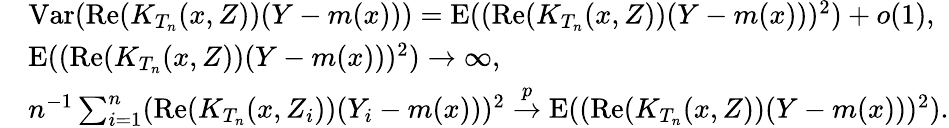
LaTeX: \begin{array}{rl}&{\mathrm{Var}(\mathrm{Re}(K_{T_{n}}(x,Z))(Y-m(x)))=\mathrm{E}((\mathrm{Re}(K_{T_{n}}(x,Z))(Y-m(x)))^{2})+o(1),}\\ &{\mathrm{E}((\mathrm{Re}(K_{T_{n}}(x,Z))(Y-m(x)))^{2})\rightarrow\infty,}\\ &{n^{-1}\sum_{i=1}^{n}(\mathrm{Re}(K_{T_{n}}(x,Z_{i}))(Y_{i}-m(x)))^{2}\overset{p}{\rightarrow}\mathrm{E}((\mathrm{Re}(K_{T_{n}}(x,Z))(Y-m(x)))^{2}).}\end{array}